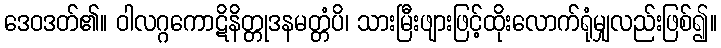
ဒေဝဒတ်၏။ ဝါလဂ္ဂကောဋိနိတ္တုဒနမတ္တံပိ၊ သားမြီးဖျားဖြင့်ထိုးလောက်ရုံမျှလည်းဖြစ်၍။